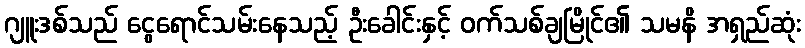
ဂျူးဒစ်သည် ငွေရောင်သမ်းနေသည့် ဦးခေါင်းနှင့် ဝက်သစ်ချမြိုင်၏ သမနိ အရှည်ဆုံး